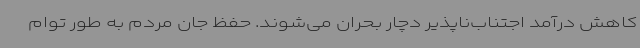
کاهش درآمد اجتناب‌ناپذیر دچار بحران می‌شوند. حفظ جان مردم به طور توام